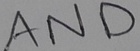
Text: AND